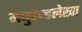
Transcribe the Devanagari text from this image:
मधुचन्द्रलेखा